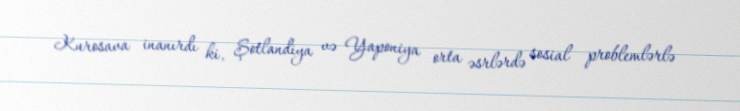
Kurosava inanırdı ki, Şotlandiya və Yaponiya orta əsrlərdə sosial problemlərlə